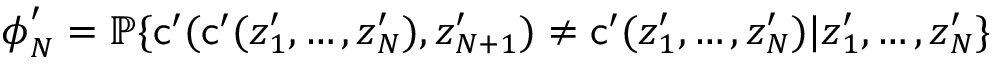
{ \boldsymbol { \phi } } _ { N } ^ { \prime } = { \mathbb { P } } \{ \mathsf { c } ^ { \prime } ( \mathsf { c } ^ { \prime } ( { \boldsymbol { z } } _ { 1 } ^ { \prime } , \ldots , { \boldsymbol { z } } _ { N } ^ { \prime } ) , { \boldsymbol { z } } _ { N + 1 } ^ { \prime } ) \neq \mathsf { c } ^ { \prime } ( { \boldsymbol { z } } _ { 1 } ^ { \prime } , \ldots , { \boldsymbol { z } } _ { N } ^ { \prime } ) | { \boldsymbol { z } } _ { 1 } ^ { \prime } , \ldots , { \boldsymbol { z } } _ { N } ^ { \prime } \}